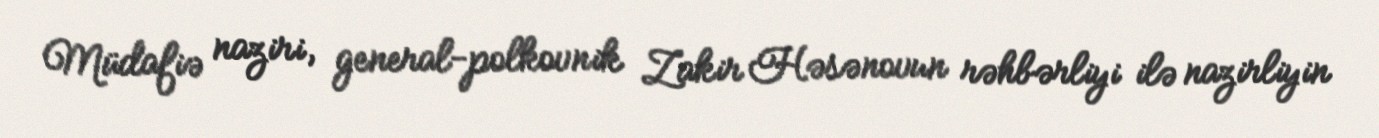
Müdafiə naziri, general-polkovnik Zakir Həsənovun rəhbərliyi ilə nazirliyin